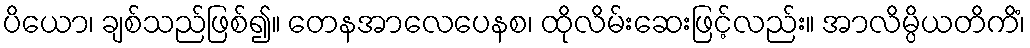
ပိယော၊ ချစ်သည်ဖြစ်၍။ တေနအာလေပေနစ၊ ထိုလိမ်းဆေးဖြင့်လည်း။ အာလိမ္ပိယတိကိံ၊